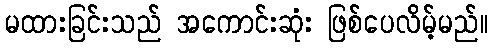
မထားခြင်းသည် အကောင်းဆုံး ဖြစ်ပေလိမ့်မည်။